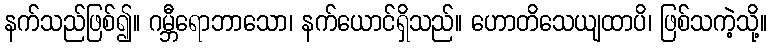
နက်သည်ဖြစ်၍။ ဂမ္ဘီရောဘာသော၊ နက်ယောင်ရှိသည်။ ဟောတိသေယျထာပိ၊ ဖြစ်သကဲ့သို့။